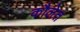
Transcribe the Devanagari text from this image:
कौलेत